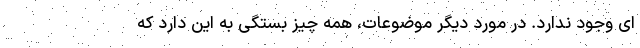
ای وجود ندارد. در مورد دیگر موضوعات، همه چیز بستگی به این دارد که